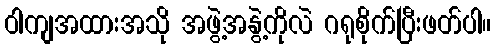
ဝါကျအထားအသို အဖွဲ့အနွဲ့ကိုလဲ ဂရုစိုက်ပြီးဖတ်ပါ။